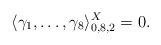
LaTeX: \begin{align*} \langle \gamma_1,\dots,\gamma_8\rangle_{0,8,2}^X=0. \end{align*}